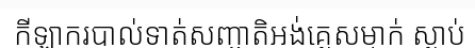
កីឡាករបាល់ទាត់សញ្ជាតិអង់គ្លេសម្នាក់ ស្លាប់